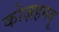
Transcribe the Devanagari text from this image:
कोज़हमबु